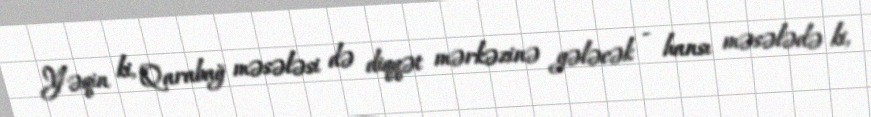
Yəqin ki, Qarabağ məsələsi də diqqət mərkəzinə gələcək - hansı məsələdə ki,